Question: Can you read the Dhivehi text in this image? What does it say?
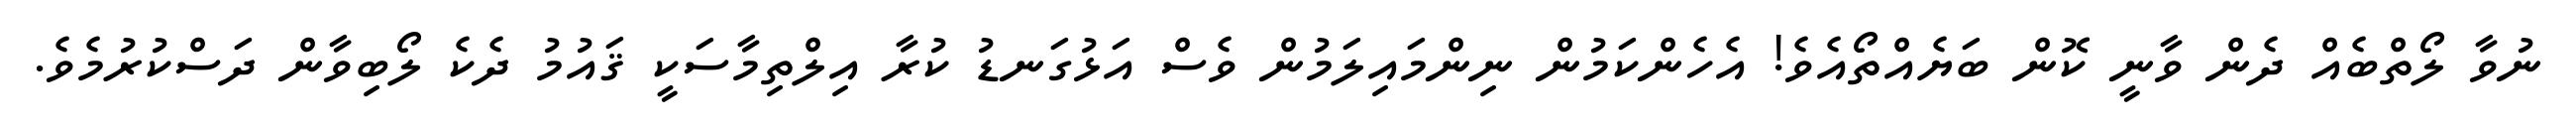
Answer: ނުވާ ލޯތްބެއް ދެން ވާނީ ކޮން ބަޔެއްތޯއެވެ! އެހެންކަމުން ނިންމައިލަމުން ވެސް އަޅުގަނޑު ކުރާ އިލްތިމާސަކީ ޤައުމު ދެކެ ލޯބިވާން ދަސްކުރުމެވެ.